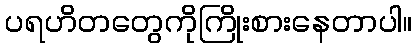
ပရဟိတတွေကိုကြိုးစားနေတာပါ။